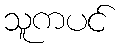
သူကပင်